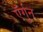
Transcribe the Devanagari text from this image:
ऍर्गुन